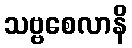
သဗ္ဗစေလာနိ